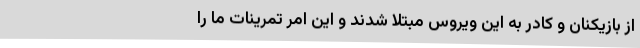
از بازیکنان و کادر به این ویروس مبتلا شدند و این امر تمرینات ما را